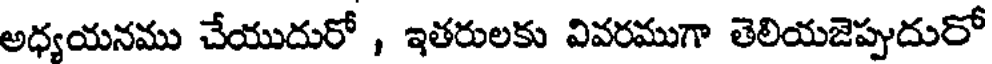
అధ్యయనము చేయుదురో , ఇతరులకు వివరముగా తెలియజెప్పుదురో